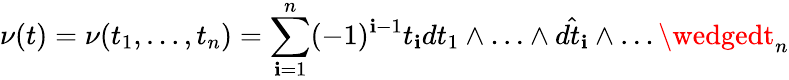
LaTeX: \nu(t)=\nu(t_{1},\ldots,t_{n})=\sum_{\mathbf{i}=1}^{n}(-1)^{\mathbf{i}-1}t_{\mathbf{i}}dt_{1}\wedge\ldots\wedge\hat{{dt_{\mathbf{i}}}}\wedge\ldots\wedgedt_{n}